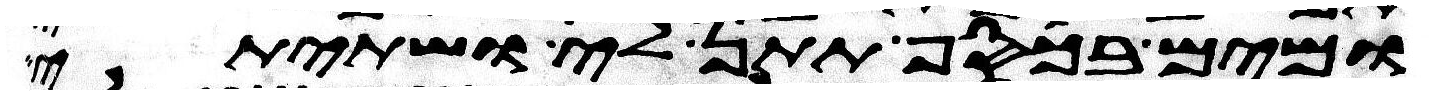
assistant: ומים בכסף תתן לי ושתיתי